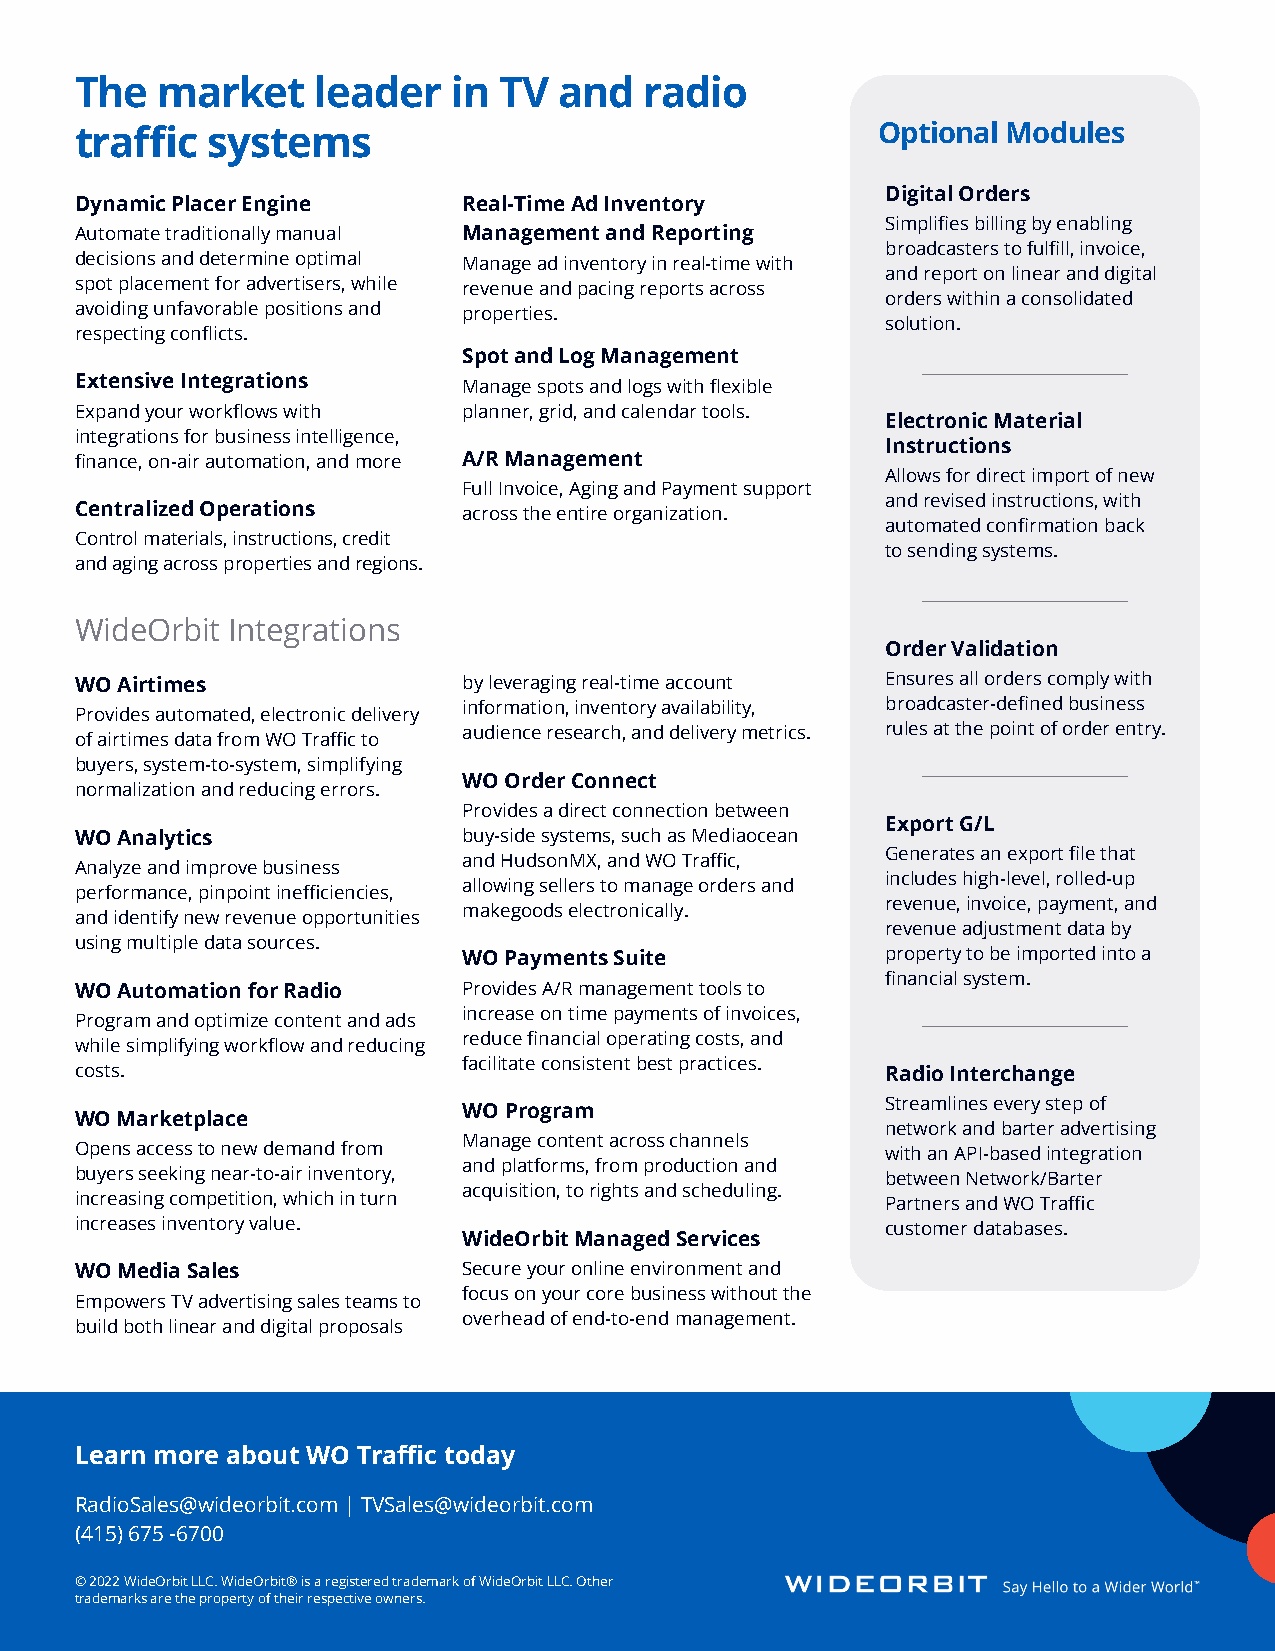
The  market     leader   in TV  and   radio
 traffic  systems                                     Optional Modules
 Digital Orders
 Dynamic Placer Engine     Real-Time Ad Inventory
 Simplifies billing by enabling
 Automate traditionally manual Management and Reporting
 broadcasters to fulfill, invoice,
 decisions and determine optimal Manage ad inventory in real-time with
 and report on linear and digital
 spot placement for advertisers, while revenue and pacing reports across
 orders within a consolidated
 avoiding unfavorable positions and properties.
 solution.
 respecting conflicts.
 Spot and Log Management
 Extensive Integrations    Manage spots and logs with flexible
 Expand your workflows with planner, grid, and calendar tools.
 Electronic Material
 integrations for business intelligence,
 Instructions
 finance, on-air automation, and more A/R Management
 Allows for direct import of new
 Full Invoice, Aging and Payment support
 and revised instructions, with
 Centralized Operations    across the entire organization.
 automated confirmation back
 Control materials, instructions, credit
 to sending systems.
 and aging across properties and regions.
 WideOrbit Integrations
 Order Validation
 WO Airtimes               by leveraging real-time account Ensures all orders comply with
 information, inventory availability, broadcaster-defined business
 Provides automated, electronic delivery
 audience research, and delivery metrics. rules at the point of order entry.
 of airtimes data from WO Traffic to
 buyers, system-to-system, simplifying
 WO Order Connect
 normalization and reducing errors.
 Provides a direct connection between
 Export G/L
 WO Analytics              buy-side systems, such as Mediaocean
 Generates an export file that
 and HudsonMX, and WO Traffic,
 Analyze and improve business
 includes high-level, rolled-up
 allowing sellers to manage orders and
 performance, pinpoint inefficiencies,
 revenue, invoice, payment, and
 makegoods electronically.
 and identify new revenue opportunities
 revenue adjustment data by
 using multiple data sources.
 WO Payments Suite           property to be imported into a
 financial system.
 WO Automation for Radio   Provides A/R management tools to
 increase on time payments of invoices,
 Program and optimize content and ads
 reduce financial operating costs, and
 while simplifying workflow and reducing
 facilitate consistent best practices.
 costs.                                                Radio Interchange
 Streamlines every step of
 WO Program
 WO Marketplace
 network and barter advertising
 Manage content across channels
 Opens access to new demand from                       with an API-based integration
 and platforms, from production and
 buyers seeking near-to-air inventory,                 between Network/Barter
 acquisition, to rights and scheduling.
 increasing competition, which in turn                 Partners and WO Traffic
 increases inventory value.                            customer databases.
 WideOrbit Managed Services
 WO Media Sales            Secure your online environment and
 focus on your core business without the
 Empowers TV advertising sales teams to
 overhead of end-to-end management.
 build both linear and digital proposals
 Learn more about WO Traffic today
 RadioSales@wideorbit.com | TVSales@wideorbit.com
 (415) 675 -6700
 © 2022 WideOrbit LLC. WideOrbit® is a registered trademark of WideOrbit LLC. Other
 trademarks are the property of their respective owners.